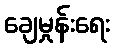
ချေမှုန်းရေး